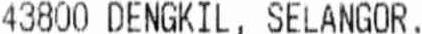
43800 DENGKIL, SELANGOR.